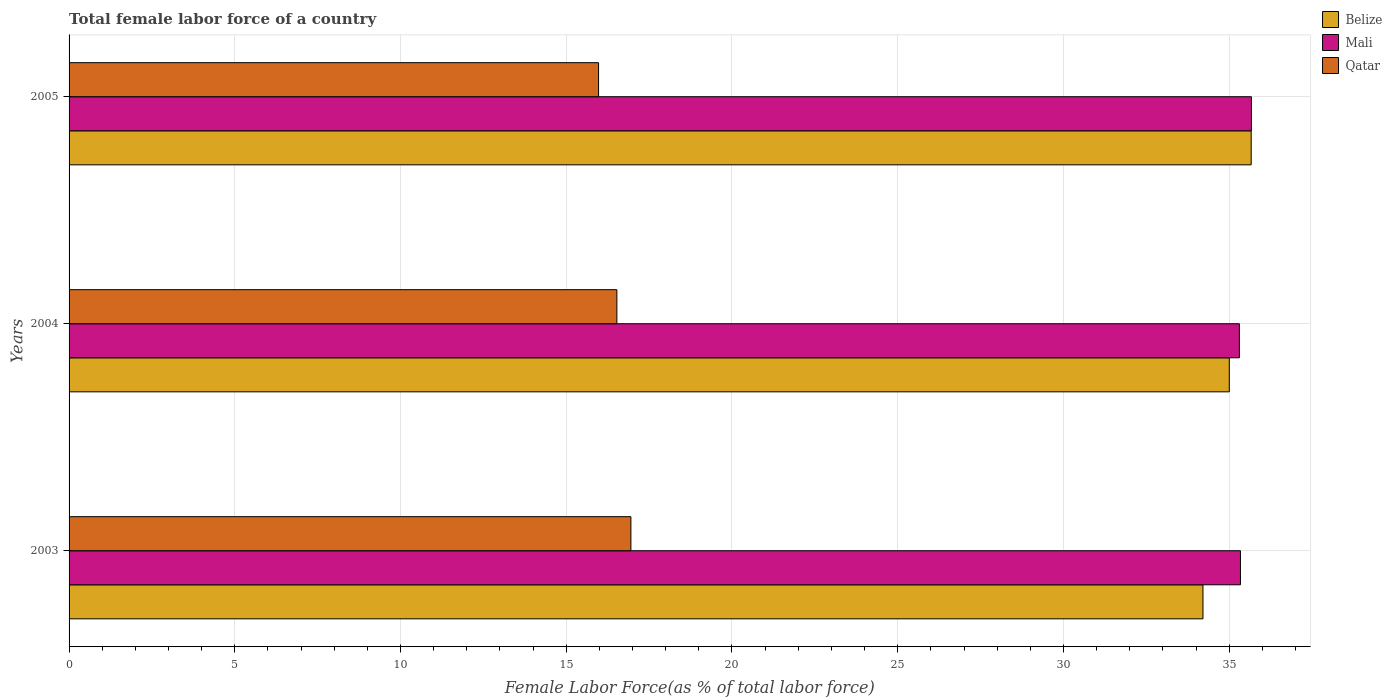
| Years | Belize | Mali | Qatar |
 | --- | --- | --- | --- |
 | 2003 | 34.2 | 35.3 | 17 |
 | 2004 | 35 | 35.3 | 16.5 |
 | 2005 | 35.7 | 35.7 | 16 |